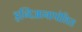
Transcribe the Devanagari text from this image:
इन्दिआनापोलिस